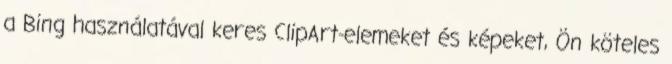
a Bing használatával keres ClipArt-elemeket és képeket, Ön köteles